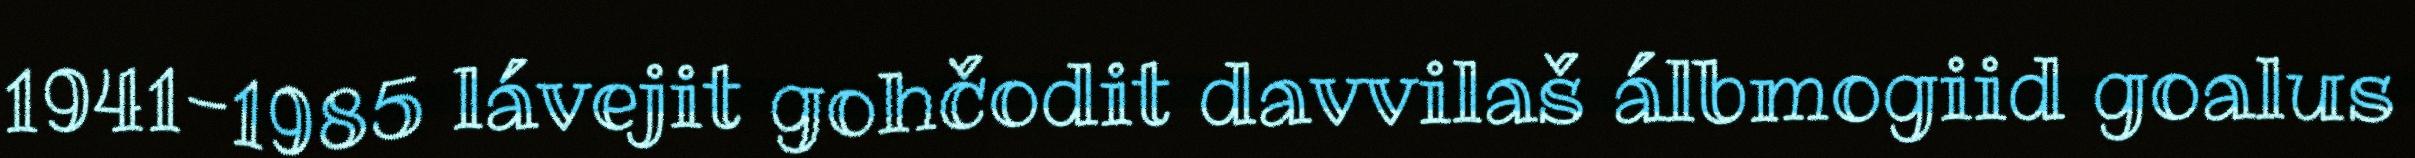
1941-1985 lávejit gohčodit davvilaš álbmogiid goalus